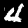
Label: 4